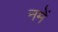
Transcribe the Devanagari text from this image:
नमें